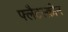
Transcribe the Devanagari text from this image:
फ्लैटस्क्रीन